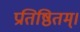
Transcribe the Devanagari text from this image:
प्रतिष्ठितम्‌।